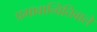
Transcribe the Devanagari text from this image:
प्रभावान्वितिवाले